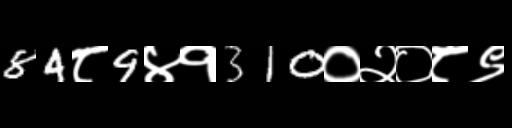
Text: 84८9४१310०२०८९